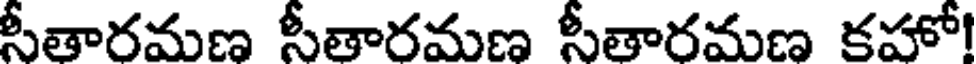
సీతారమణ సీతారమణ సీతారమణ కహో